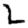
Digit: 2